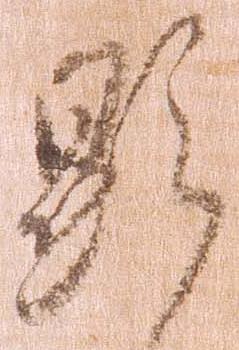
顕